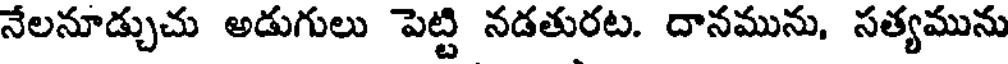
నేలనూడ్చుచు అడుగులు పెట్టి నడతురట. దానమును, సత్యమును